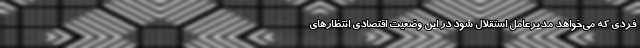
فردی که می‌خواهد مدیرعامل استقلال شود در این وضعیت اقتصادی انتظارهای